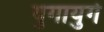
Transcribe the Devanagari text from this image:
युगायुगे